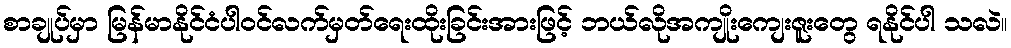
စာချုပ်မှာ မြန်မာနိုင်ငံပါဝင်လက်မှတ်ရေးထိုးခြင်းအားဖြင့် ဘယ်လိုအကျိုးကျေးဇူးတွေ ရနိုင်ပါ သလဲ။